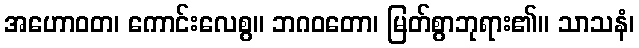
အဟောဝတ၊ ကောင်းလေစွ။ ဘဂဝတော၊ မြတ်စွာဘုရား၏။ သာသနံ၊